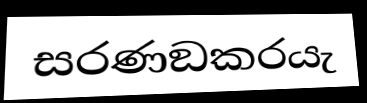
සරණඞකරයැ